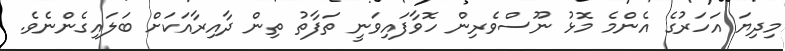
މިދިޔަ އަހަރުގެ އެންމެ މޮޅު ނޫސްވެރިން ހޮވާފައިވަނީ ތަފާތު ތިން ދާއިރާއަކަށް ބަލައިގެންނެވެ.